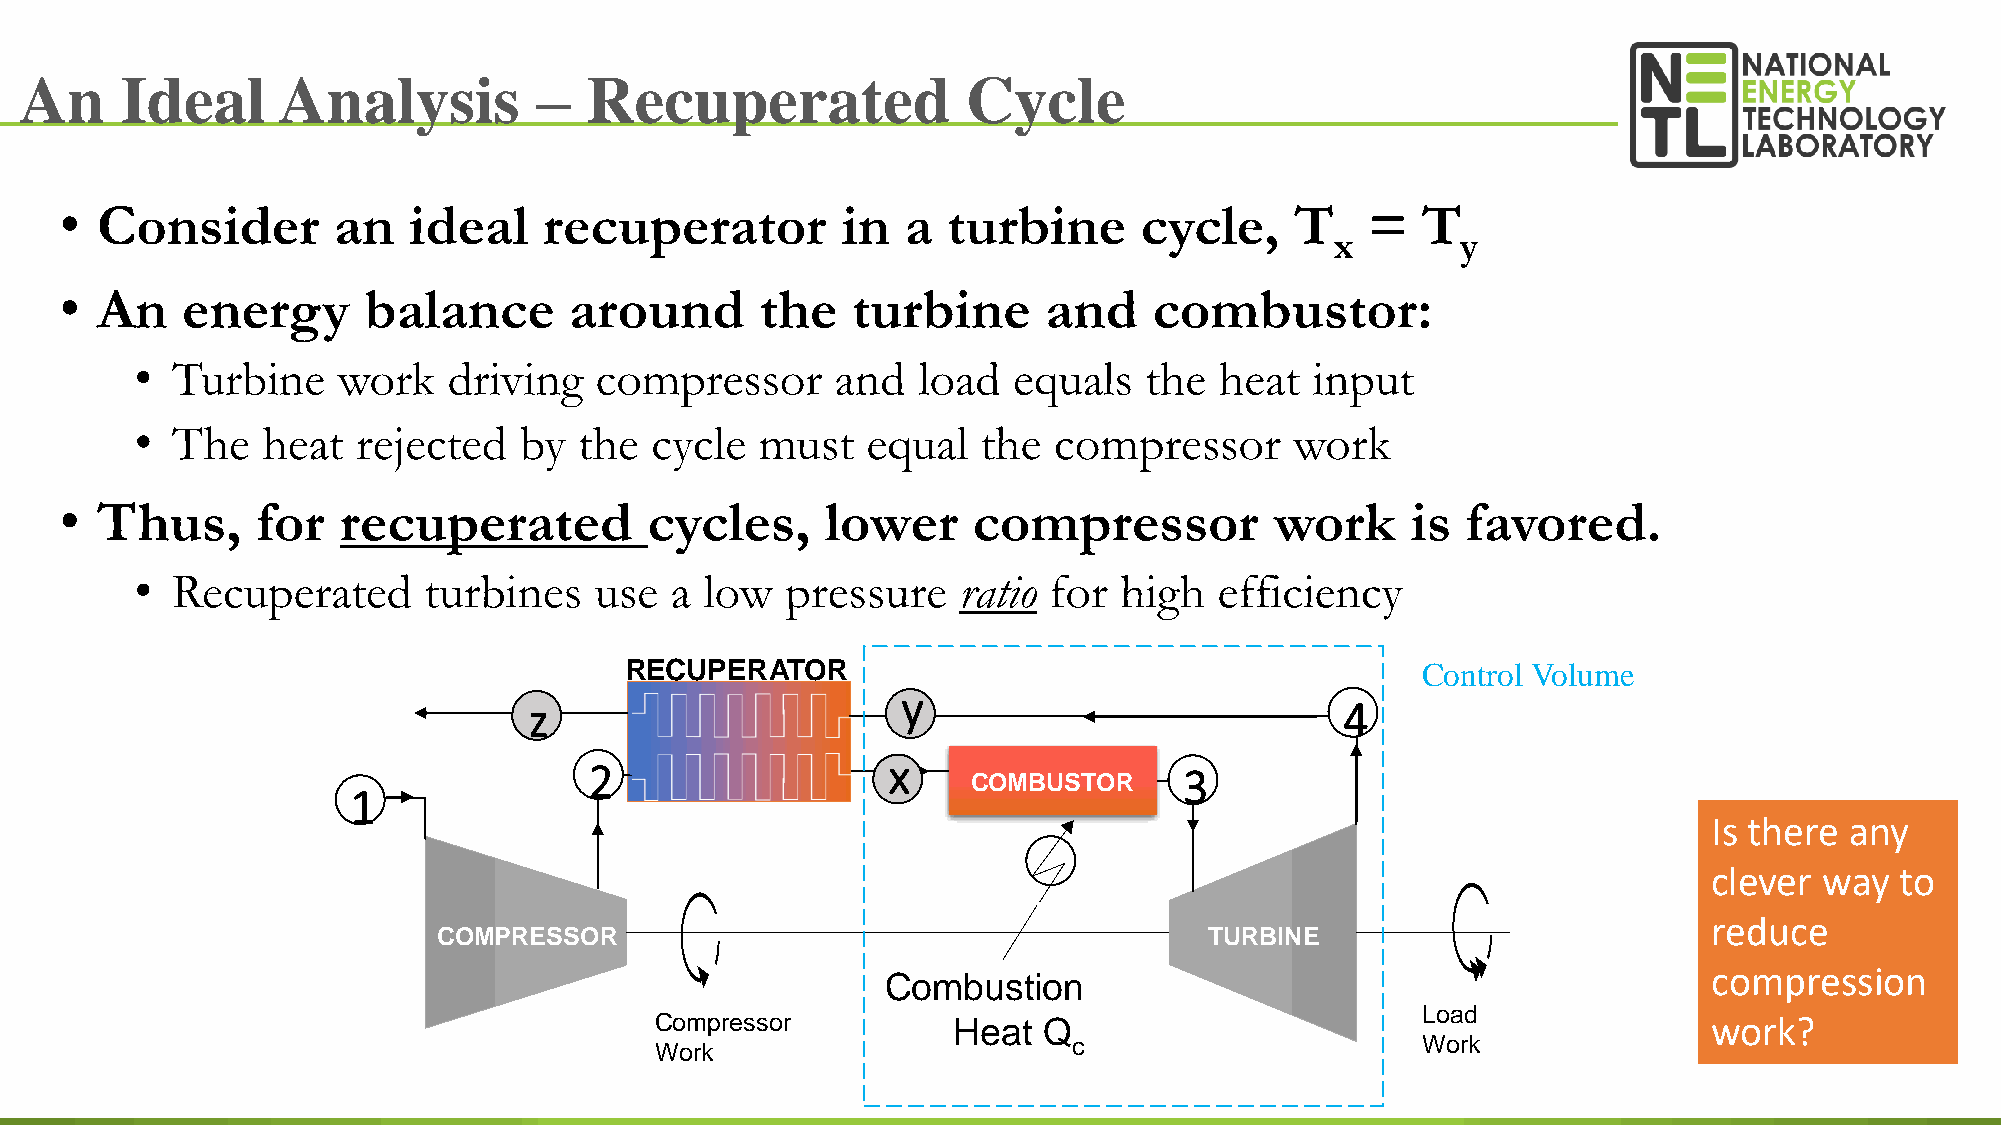
An     Ideal     Analysis         –   Recuperated              Cycle
 • Consider        an   ideal    recuperator         in  a  turbine     cycle,     T    =  T
 x        y
 • An    energy      balance       around      the   turbine      and    combustor:
 • Turbine    work    driving  compressor      and   load  equals   the  heat  input
 • The   heat   rejected  by  the  cycle  must   equal   the  compressor      work
 • Thus,      for  recuperated          cycles,     lower    compressor          work     is  favored.
 • Recuperated      turbines   use  a  low  pressure    ratio for high   efficiency
 RECUPERATOR                                          Control Volume
 y
 z                                                     4
 2                   x    COMBUSTOR     3
 1
 Is there any
 clever  way  to
 reduce
 COMPRESSOR                                         TURBINE
 compression
 Combustion
 Load
 Compressor          Heat  Q                                           work?
 c                      Work
 Work
 92